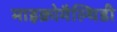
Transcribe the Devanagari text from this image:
माइक्रोमैल्थिडी